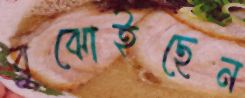
বুঝোইছেন